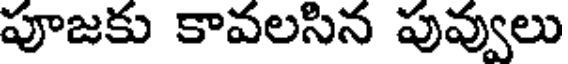
పూజకు కావలసిన పువ్వులు